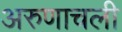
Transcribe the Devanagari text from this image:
अरुणाचली